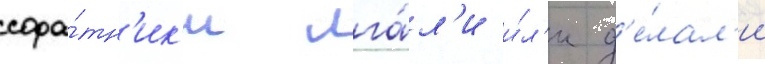
сора́тн'ик'и лга́л'и и́л'и д'е́лал'и